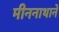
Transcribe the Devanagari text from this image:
मीननाथाने